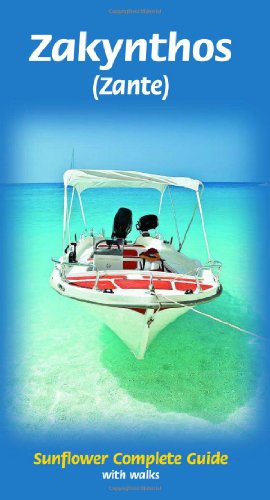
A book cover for Zakynthos (Zante) (Greece) Sunflower Complete Series; Sunflower Books; Travel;